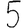
Digit: 5